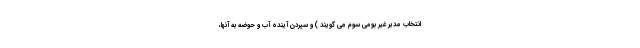
انتخاب مدیر غیر بومی سوم می گویند ) و سپردن آینده آب و حوضه به آنها،